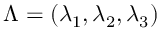
\boldsymbol { \Lambda } = ( \lambda _ { 1 } , \lambda _ { 2 } , \lambda _ { 3 } )